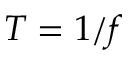
T = 1 / f